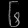
Digit: ၆